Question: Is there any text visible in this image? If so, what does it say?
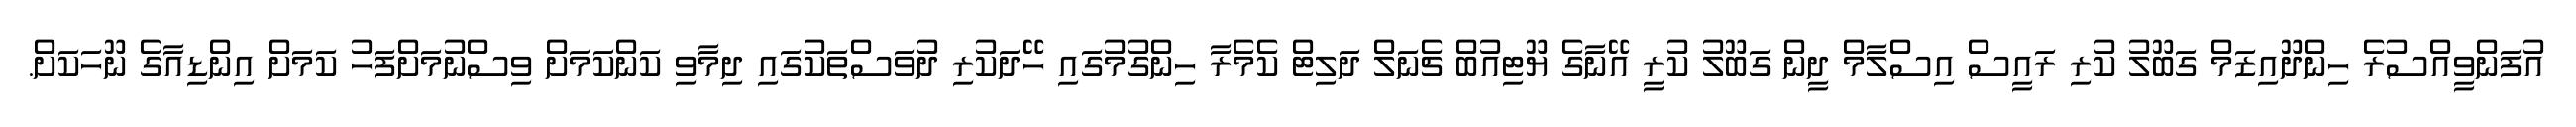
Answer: އުފަންވީއްސުރެ ހިންދޫއިޒަމް ގަބޫލު ކުރި ރައީސް އިސްލާމް ދީން ގަބޫލު ކުރީ އޭނާގެ ޔޫޓިއުބް ޗެނަލް ދަލިޓް ކެމެރާ ހިންގުމުގައި ހޭދަކުރި ދުވަސްތަކުގައި ދިމާވި ކަންކަމަށް ވިސްނުމަށްފަހު ކަމަށް އިންޑިއާގެ ނޫހަކަށް.